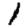
Digit: 1